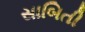
સાબિતી